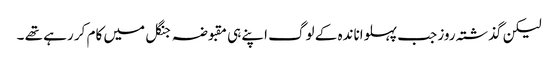
لیکن گذشتہ روز جب پہلواناندہ کے لوگ اپنے ہی مقبوضہ جنگل میں کام کر رہے تھے ۔